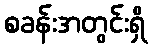
စခန်းအတွင်းရှိ